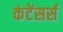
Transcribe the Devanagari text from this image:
कंटेंसर्स